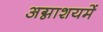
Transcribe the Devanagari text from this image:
अग्नाशयमें